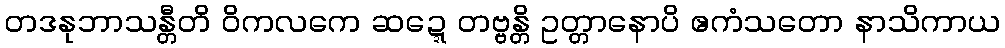
တဒနုဘာသန္တီတိ ဝိကလကေ ဆဍ္ဍေတဗ္ဗန္တိ ဥတ္တာနောပိ ဧကံသတော နာသိကာယ